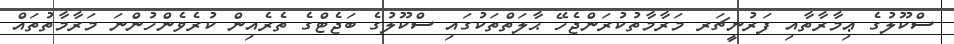
ސްކޫލުގެ ޢިމާރާތާއި ފަރުނީޗަރ މަރާމާތުކުރަންޖެހޭ ޙާލަތްތަކުގައި ސްކޫލުގެ ބަޖެޓްގެ ތެރެއިން ކުރެވެންހުންނަ މަރާމާތުތައް